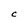
Character: C